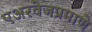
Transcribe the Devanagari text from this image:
एअरवेजप्रमाणे